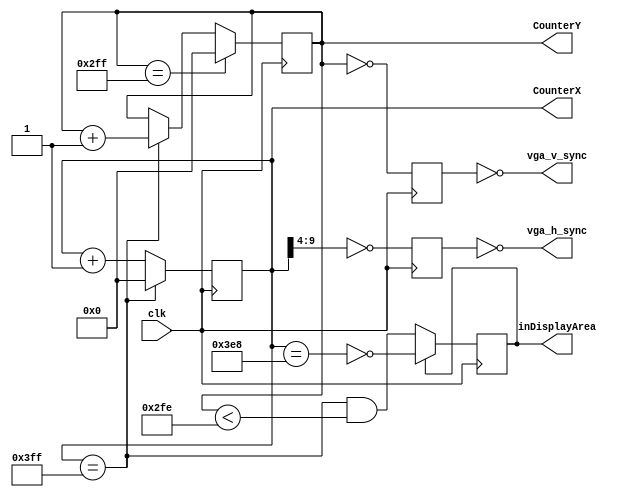
module my_hvsync_generator(clk, vga_h_sync, vga_v_sync, inDisplayArea, CounterX, CounterY);
input clk;
output vga_h_sync, vga_v_sync;
output inDisplayArea;
output [9:0] CounterX;
output [9:0] CounterY;

//////////////////////////////////////////////////
reg [9:0] CounterX;
reg [9:0] CounterY;
wire CounterXmaxed = (CounterX== 1023);
wire CounterYmaxed = (CounterY== 767);

always @(posedge clk)
if(CounterXmaxed)
	CounterX <= 0;
else
	CounterX <= CounterX + 1;

always @(posedge clk)
begin
if(CounterXmaxed) CounterY <= CounterY + 1;
if(CounterYmaxed) CounterY <= 0;
end

reg	vga_HS, vga_VS;
always @(posedge clk)
begin
	vga_HS <= (CounterX[9:4]==0); // change this value to move the display horizontally
	vga_VS <= (CounterY==0); // change this value to move the display vertically
end

reg inDisplayArea;
always @(posedge clk)
if(inDisplayArea==0)
	inDisplayArea <= (CounterXmaxed) && (CounterY<766);
else
	inDisplayArea <= !(CounterX==1000);
	
assign vga_h_sync = ~vga_HS;
assign vga_v_sync = ~vga_VS;

endmodule